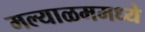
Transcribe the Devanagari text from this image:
मल्याळममध्ये